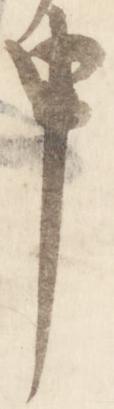
申